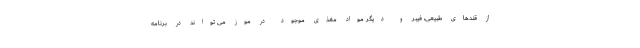
از قندهای طبیعی، فیبر و دیگر مواد مغذی موجود در موز می تواند در برنامه